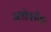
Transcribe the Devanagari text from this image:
अलेक्‍सेंडर